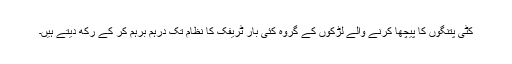
کٹی پتنگوں کا پیچھا کرنے والے لڑکوں کے گروہ کئی بار ٹریفک کا نظام تک درہم برہم کر کے رکھ دیتے ہیں۔